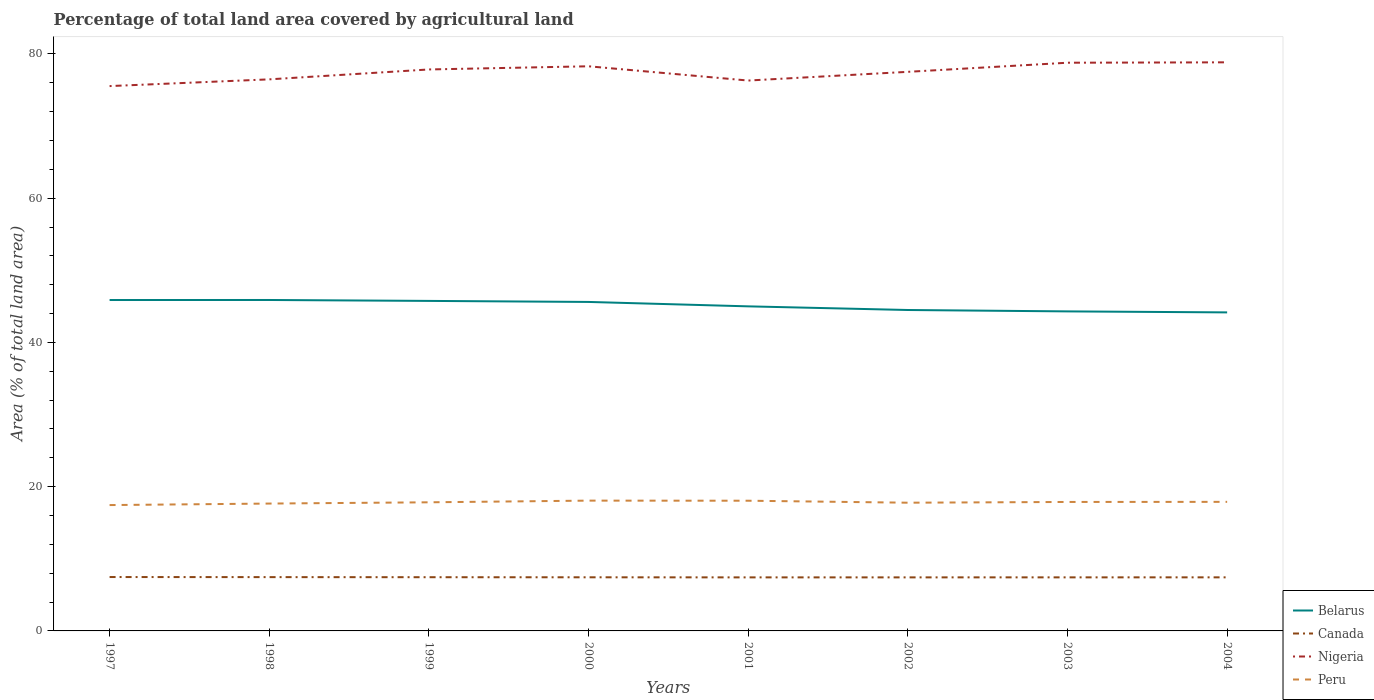
| Years | Belarus | Canada | Nigeria | Peru |
 | --- | --- | --- | --- | --- |
 | 1997 | 45.9 | 7.47 | 75.5 | 17.4 |
 | 1998 | 45.9 | 7.46 | 76.5 | 17.7 |
 | 1999 | 45.8 | 7.45 | 77.8 | 17.8 |
 | 2000 | 45.6 | 7.44 | 78.3 | 18.1 |
 | 2001 | 45 | 7.42 | 76.3 | 18.1 |
 | 2002 | 44.5 | 7.42 | 77.5 | 17.8 |
 | 2003 | 44.3 | 7.43 | 78.8 | 17.9 |
 | 2004 | 44.2 | 7.43 | 78.8 | 17.9 |